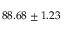
8 8 . 6 8 \pm 1 . 2 3 \